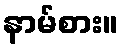
နာမ်စား။